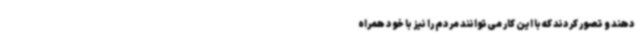
دهند و تصور کردند که با این کار می‌توانند مردم را نیز با خود همراه